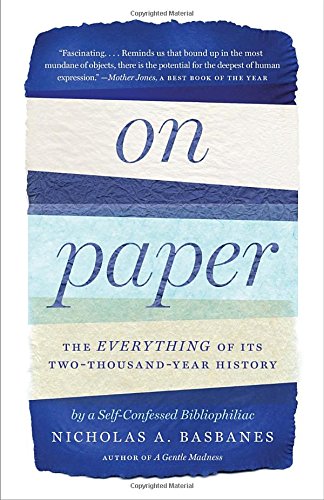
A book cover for On Paper: The Everything of Its Two-Thousand-Year History; Nicholas A. Basbanes; Crafts, Hobbies & Home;